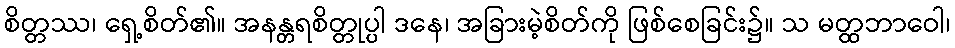
စိတ္တဿ၊ ရှေ့စိတ်၏။ အနန္တရစိတ္တုပ္ပါ ဒနေ၊ အခြားမဲ့စိတ်ကို ဖြစ်စေခြင်း၌။ သ မတ္ထဘာဝေါ၊